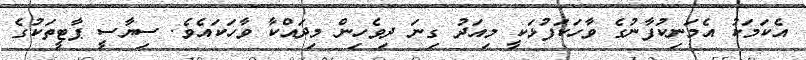
އެކަމަކު އެމަނިކުފާނުގެ ވާހަކަފުޅަކީ މިއަދު ގިނަ ދިވެހިން މިދައްކާ ވާހަކައެވެ. ސިޔާސީ ޕާޓީތަކުގެ